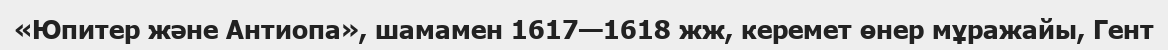
«Юпитер және Антиопа», шамамен 1617—1618 жж, керемет өнер мұражайы, Гент